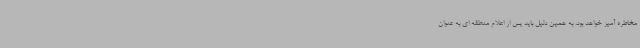
مخاطره آمیز خواهد بود. به همین دلیل باید پس از اعلام منطقه ای به عنوان